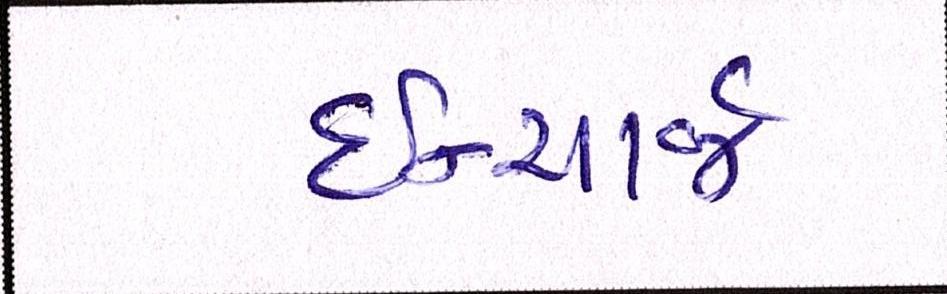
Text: ઈન્ચાર્જ